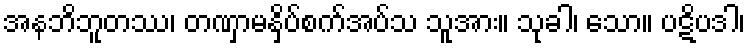
အနဘိဘူတဿ၊ တဏှာမနှိပ်စက်အပ်သ သူအား။ သုခါ၊ သော။ ပဋိပဒါ၊